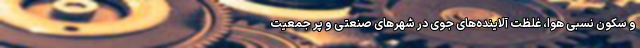
و سکون نسبی هوا، غلظت آلاینده‌های جوی در شهرهای صنعتی و پر جمعیت